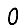
Digit: 0